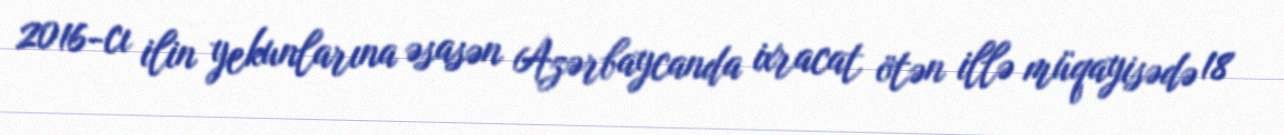
2016-cı ilin yekunlarına əsasən Azərbaycanda ixracat ötən illə müqayisədə 18